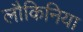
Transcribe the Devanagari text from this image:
लौकिनिया